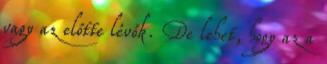
vagy az előtte lévők. De lehet, hogy az a